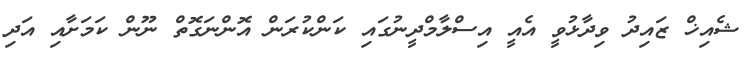
ޝެއިޚް ޒައިދު ވިދާޅުވީ އެއީ އިސްލާމްދީނުގައި ކަންކުރަން އޮންނަގޮތް ނޫން ކަމަށާއި އަދި